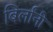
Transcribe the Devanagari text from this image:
बिर्लांनी